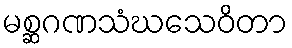
မစ္ဆဂဏသံဃသေဝိတာ